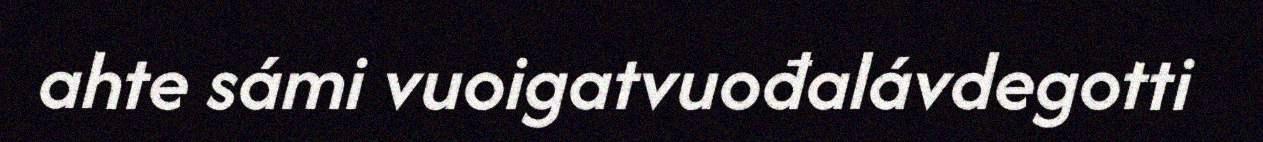
ahte sámi vuoigatvuođalávdegotti